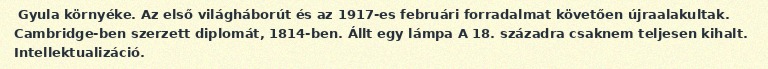
Gyula környéke. Az első világháborút és az 1917-es februári forradalmat követően újraalakultak. Cambridge-ben szerzett diplomát, 1814-ben. Állt egy lámpa A 18. századra csaknem teljesen kihalt. Intellektualizáció.